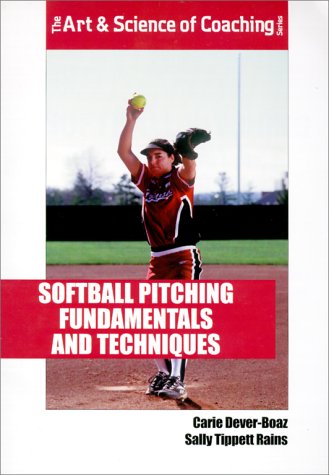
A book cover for Softball Pitching Fundamentals and Techniques (The Art & Science of Coaching Series); Carie Dever-Boaz; Sports & Outdoors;